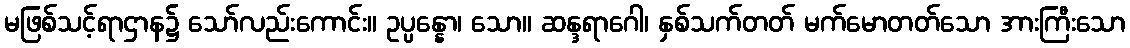
မဖြစ်သင့်ရာဌာန၌ သော်လည်းကောင်း။ ဥပ္ပန္နော၊ သော။ ဆန္ဒရာဂေါ၊ နှစ်သက်တတ် မက်မောတတ်သော အားကြီးသော